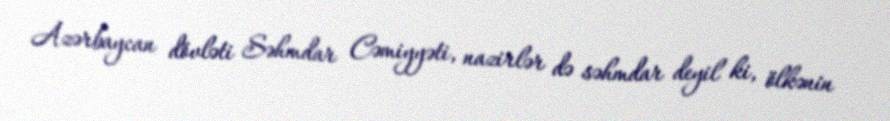
Azərbaycan dövləti Səhmdar Cəmiyyəti, nazirlər də səhmdar deyil ki, ölkənin